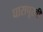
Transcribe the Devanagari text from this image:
घारापूरची